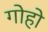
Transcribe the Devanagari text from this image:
गोहो